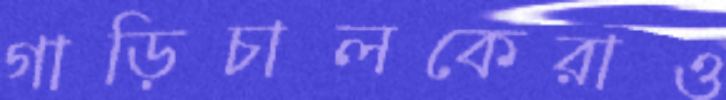
গাড়িচালকেরাও